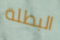
البطلة